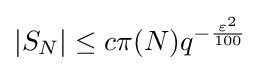
|S_{N}|\leq c\pi (N)q^{-{\frac {\varepsilon ^{2}}{100}}}